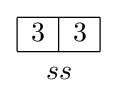
{{\begin{array}{|c|c|}\hline 3&3\\\hline \end{array}} \atop ss}